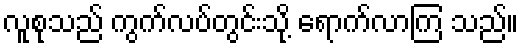
လူစုသည် ကွက်လပ်တွင်းသို့ ရောက်လာကြ သည်။